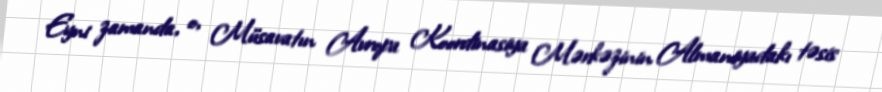
Eyni zamanda, o, Müsavatın Avropa Koordinasiya Mərkəzinin Almaniyadakı təsis